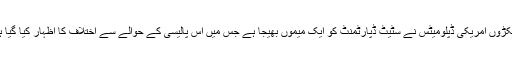
سینکڑوں امریکی ڈپلومیٹس نے سٹیٹ ڈپارٹمنٹ کو ایک میموں بھیجا ہے جس میں اس پالیسی کے حوالے سے اختلاف کا اظہار کیا گیا ہے۔